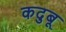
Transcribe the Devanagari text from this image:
कदुबू